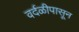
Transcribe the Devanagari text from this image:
वर्दळीपासून